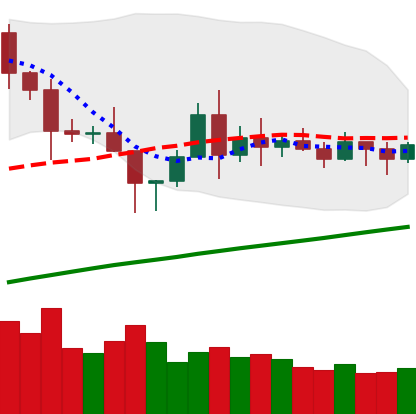
Ticker: BNB-USD
Chart end date: 2020-11-16
Forward return: 8.292%
Label: up_7plus